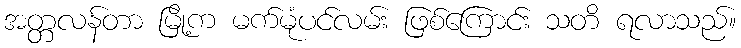
အတ္တလန်တာ မြို့က မက်မုံပင်လမ်း ဖြစ်ကြောင်း သတိ ရလာသည်။